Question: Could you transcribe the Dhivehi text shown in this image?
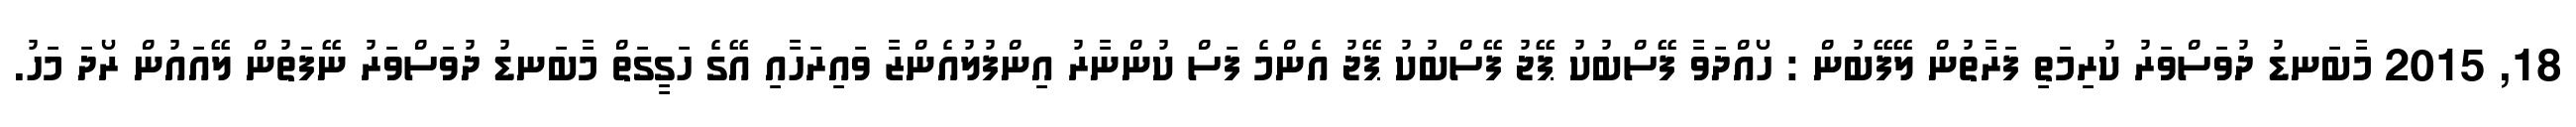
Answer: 18, 2015 މާބަނޑު ދުވަސްވަރު ކުރިމަތި ފަރާތުން ލޭފޭބުން : ހޯއްދަވާ ފޭސްބުކު ޕޭޖު ފޭސްބުކު ޕޭޖު އެންމެ ފަސް ކުންނާރު އިންފުލުއެންޒާ ވައިރަހާއި އޭގެ ހަގީގަތް މާބަނޑު ދުވަސްވަރު ނޭފަތުން ލޭއައުން ރޯދަ މަހު.